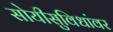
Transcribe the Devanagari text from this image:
सोयीसुविधांवर